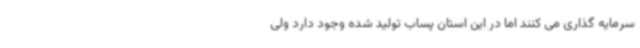
سرمایه گذاری می کنند اما در این استان پساب تولید شده وجود دارد ولی